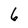
Character: 6